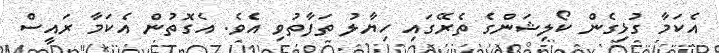
އެކަމާ ގުޅިގެން ކޯލިޝަންގެ ތެރޭގައި ހިޔާލު ތަފާތުވި އެވެ. އެގޮތުން އެކަމާ ރައީސް